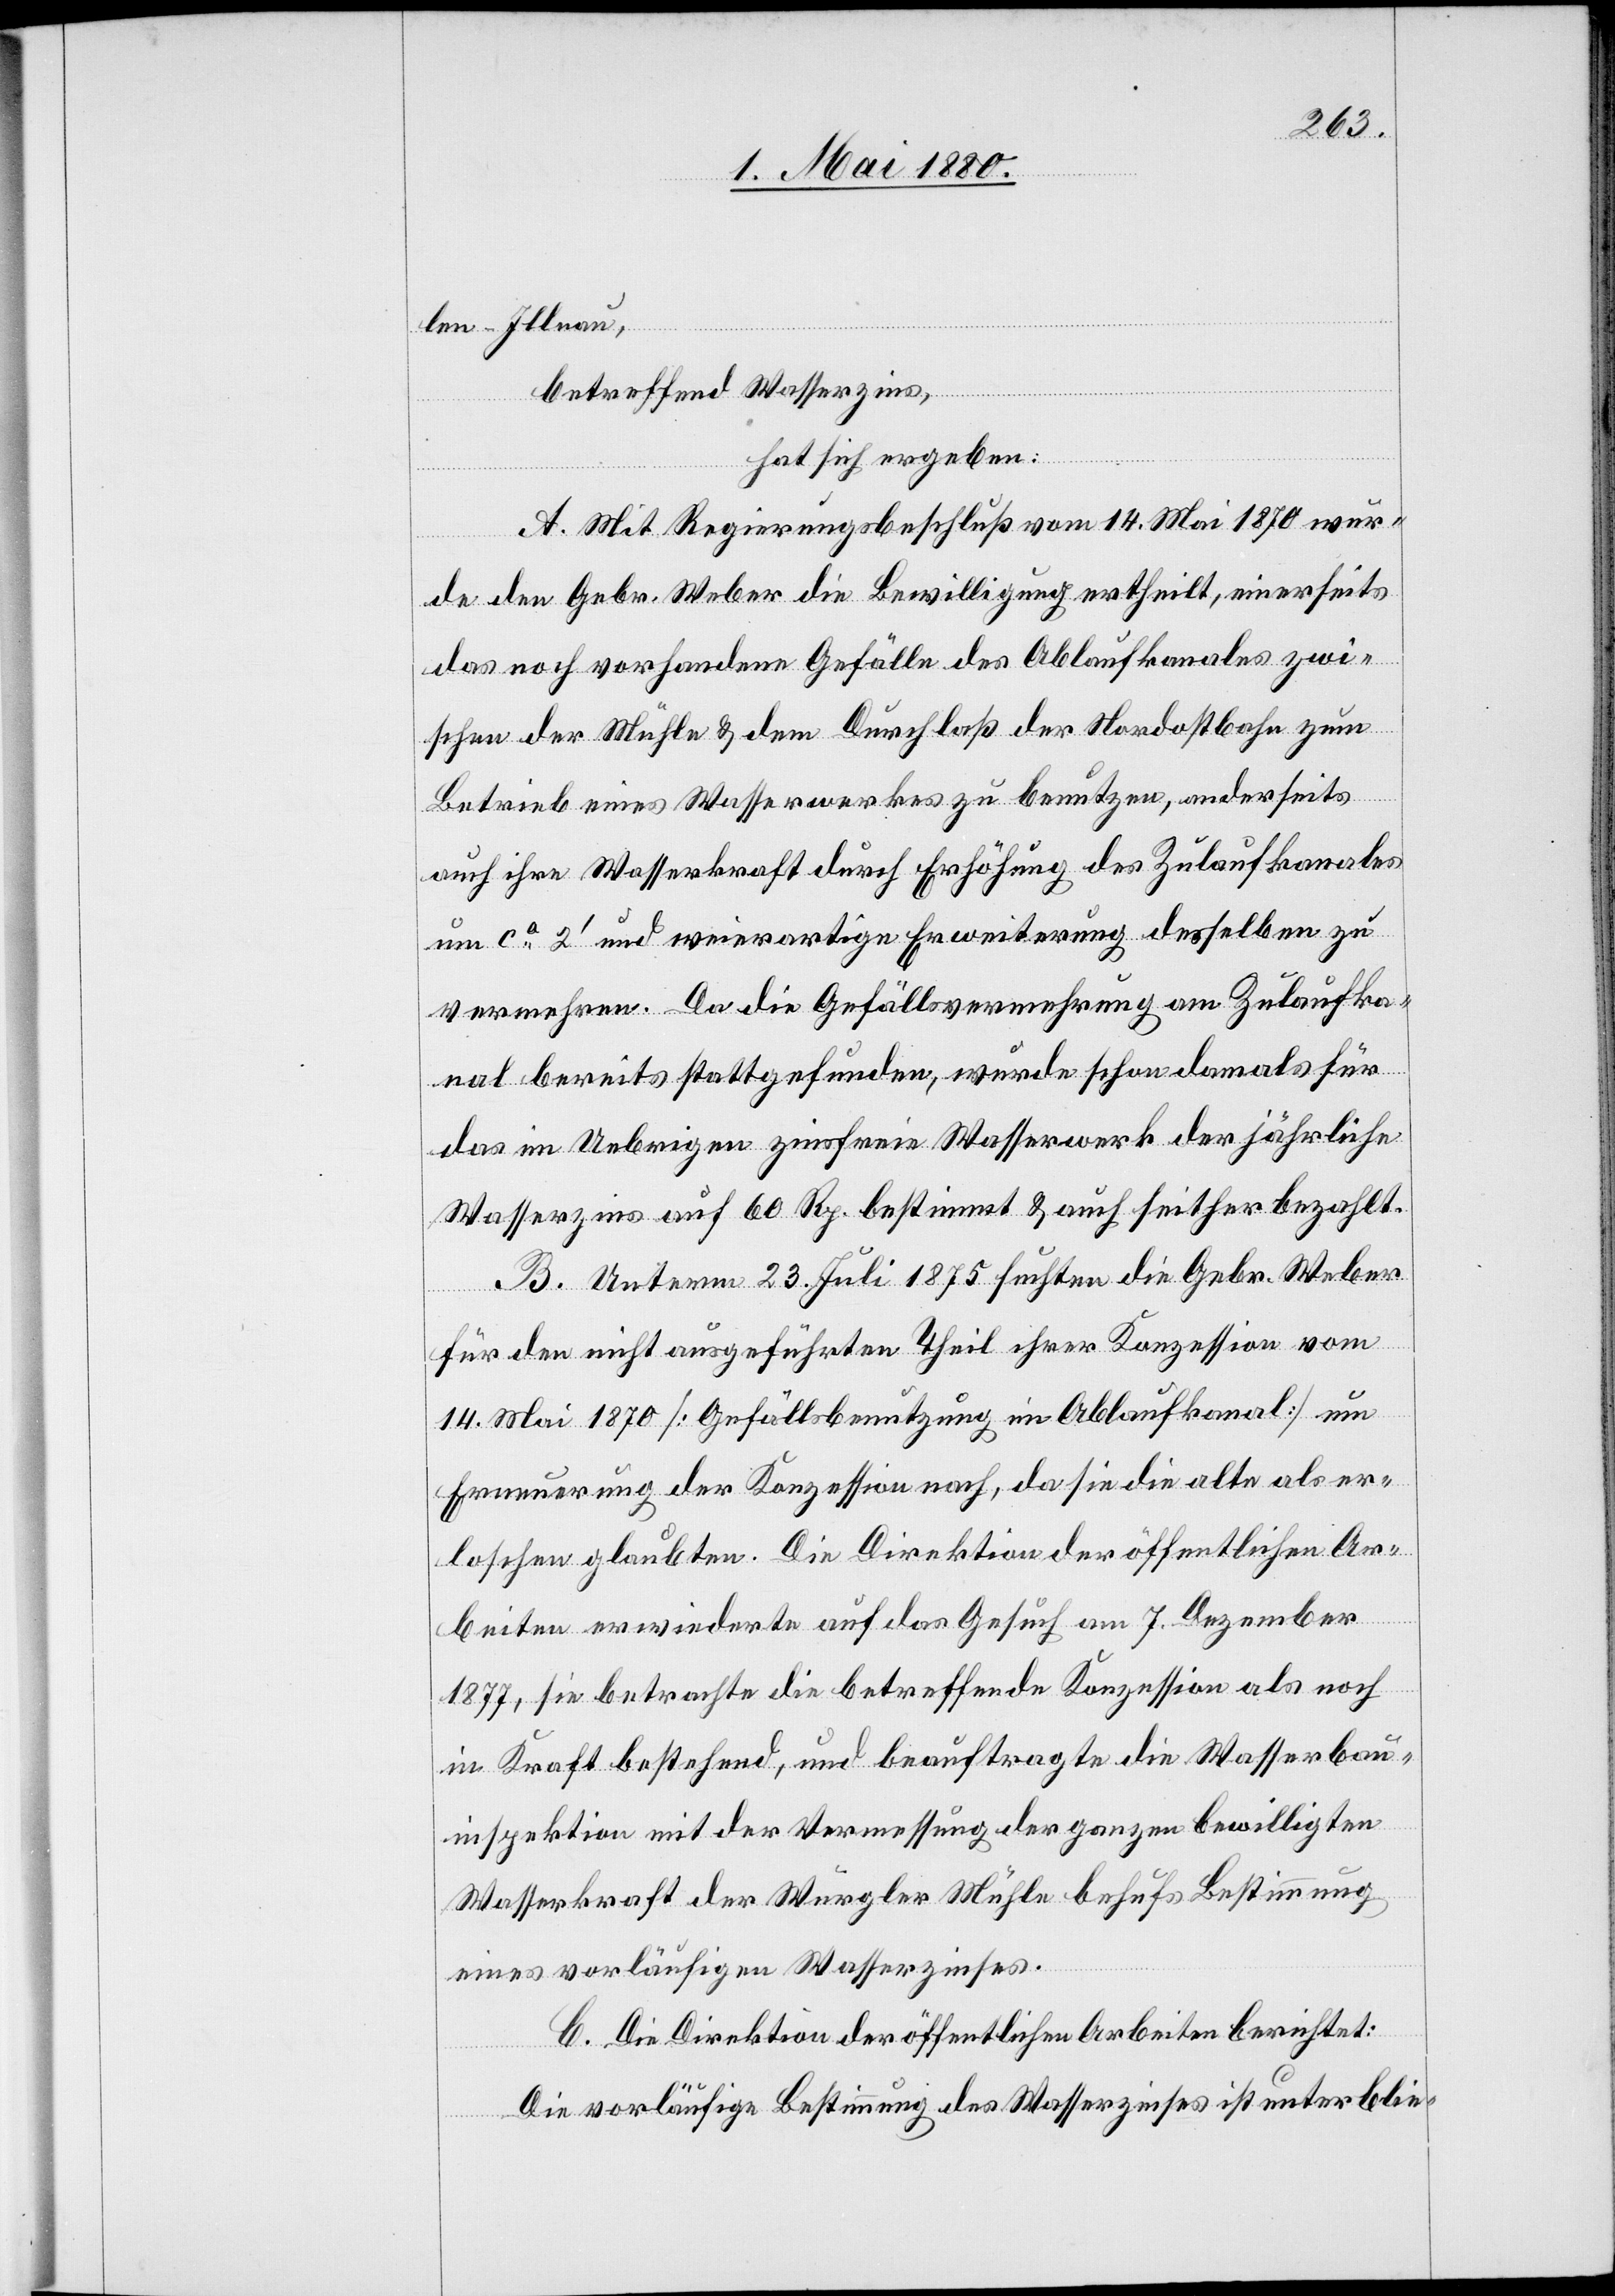
len - Illnau,
betreffend Wasserzins,
hat sich ergeben:
A. Mit Regierungsbeschluß vom 14. Mai 1870 wur¬
de den Gebr. Weber die Bewilligung ertheilt, einerseits
das noch vorhandene Gefälle des Ablaufkanales zwi¬
schen der Mühle & dem Durchlaß der Nordostbahn zum
Betrieb eines Wasserwerkes zu benutzen, anderseits
auch ihre Wasserkraft durch Erhöhung des Zulaufkanales
um ca 2‘ und weierartige Erweiterung desselben zu
vermehren. Da die Gefällsvermehrung am Zulaufka¬
nal bereits stattgefunden, wurde schon damals für
das im Uebrigen zinsfreie Wasserwerk der jährliche
Wasserzins auf 60 Rp. bestimmt & auch seither bezahlt.
B. Unterm 23. Juli 1875 suchten die Gebr. Weber
für den nicht ausgeführten Theil ihrer Konzession vom
14. Mai 1870 [Gefällsbenutzung im Ablaufkanal] um
Erneuerung der Konzession nach, da sie die alte als er¬
loschen glaubten. Die Direktion der öffentlichen Ar¬
beiten erwiederte auf das Gesuch am 7. Dezember
1877, sie betrachte die betreffende Konzession als noch
in Kraft bestehend, und beauftragte die Wasserbau¬
inspektion mit der Vermessung der ganzen bewilligten
Wasserkraft der Würgler Mühle behufs Bestimmung
eines vorläufigen Wasserzinses.
C. Die Direktion der öffentlichen Arbeiten berichtet:
Die vorläufige Bestimmung des Wasserzinses ist unterblie-